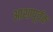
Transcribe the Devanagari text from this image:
आशापूर्वक